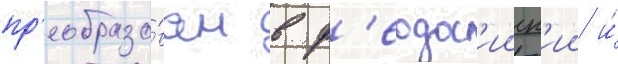
пр'еобразо́ван в ф'еодос'ииск'ии и́